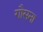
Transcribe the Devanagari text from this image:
गौसना